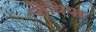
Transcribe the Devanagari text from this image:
जैवियर